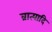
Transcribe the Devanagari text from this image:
व्रात्यादि